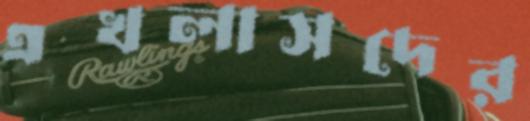
এখলাসদের